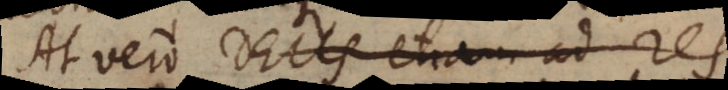
At vero Deus etiam ad res